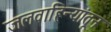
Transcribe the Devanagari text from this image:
जलवाहिन्यांतून